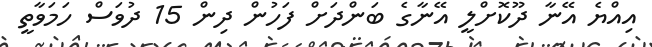
އިއްޔެ އޭނާ ދޫކޮށްލީ އޭނާގެ ބަންދަށް ފަހުން ދިން 15 ދުވަސް ހަމަވާތީ